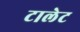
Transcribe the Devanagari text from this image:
टालेट